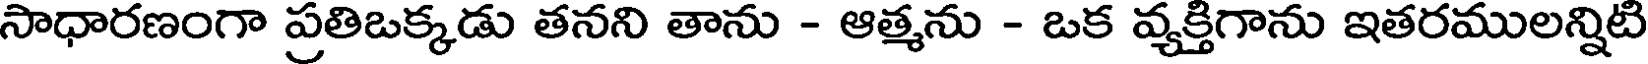
సాధారణంగా ప్రతిఒక్కడు తనని తాను - ఆత్మను - ఒక వ్యక్తిగాను ఇతరములన్నిటి